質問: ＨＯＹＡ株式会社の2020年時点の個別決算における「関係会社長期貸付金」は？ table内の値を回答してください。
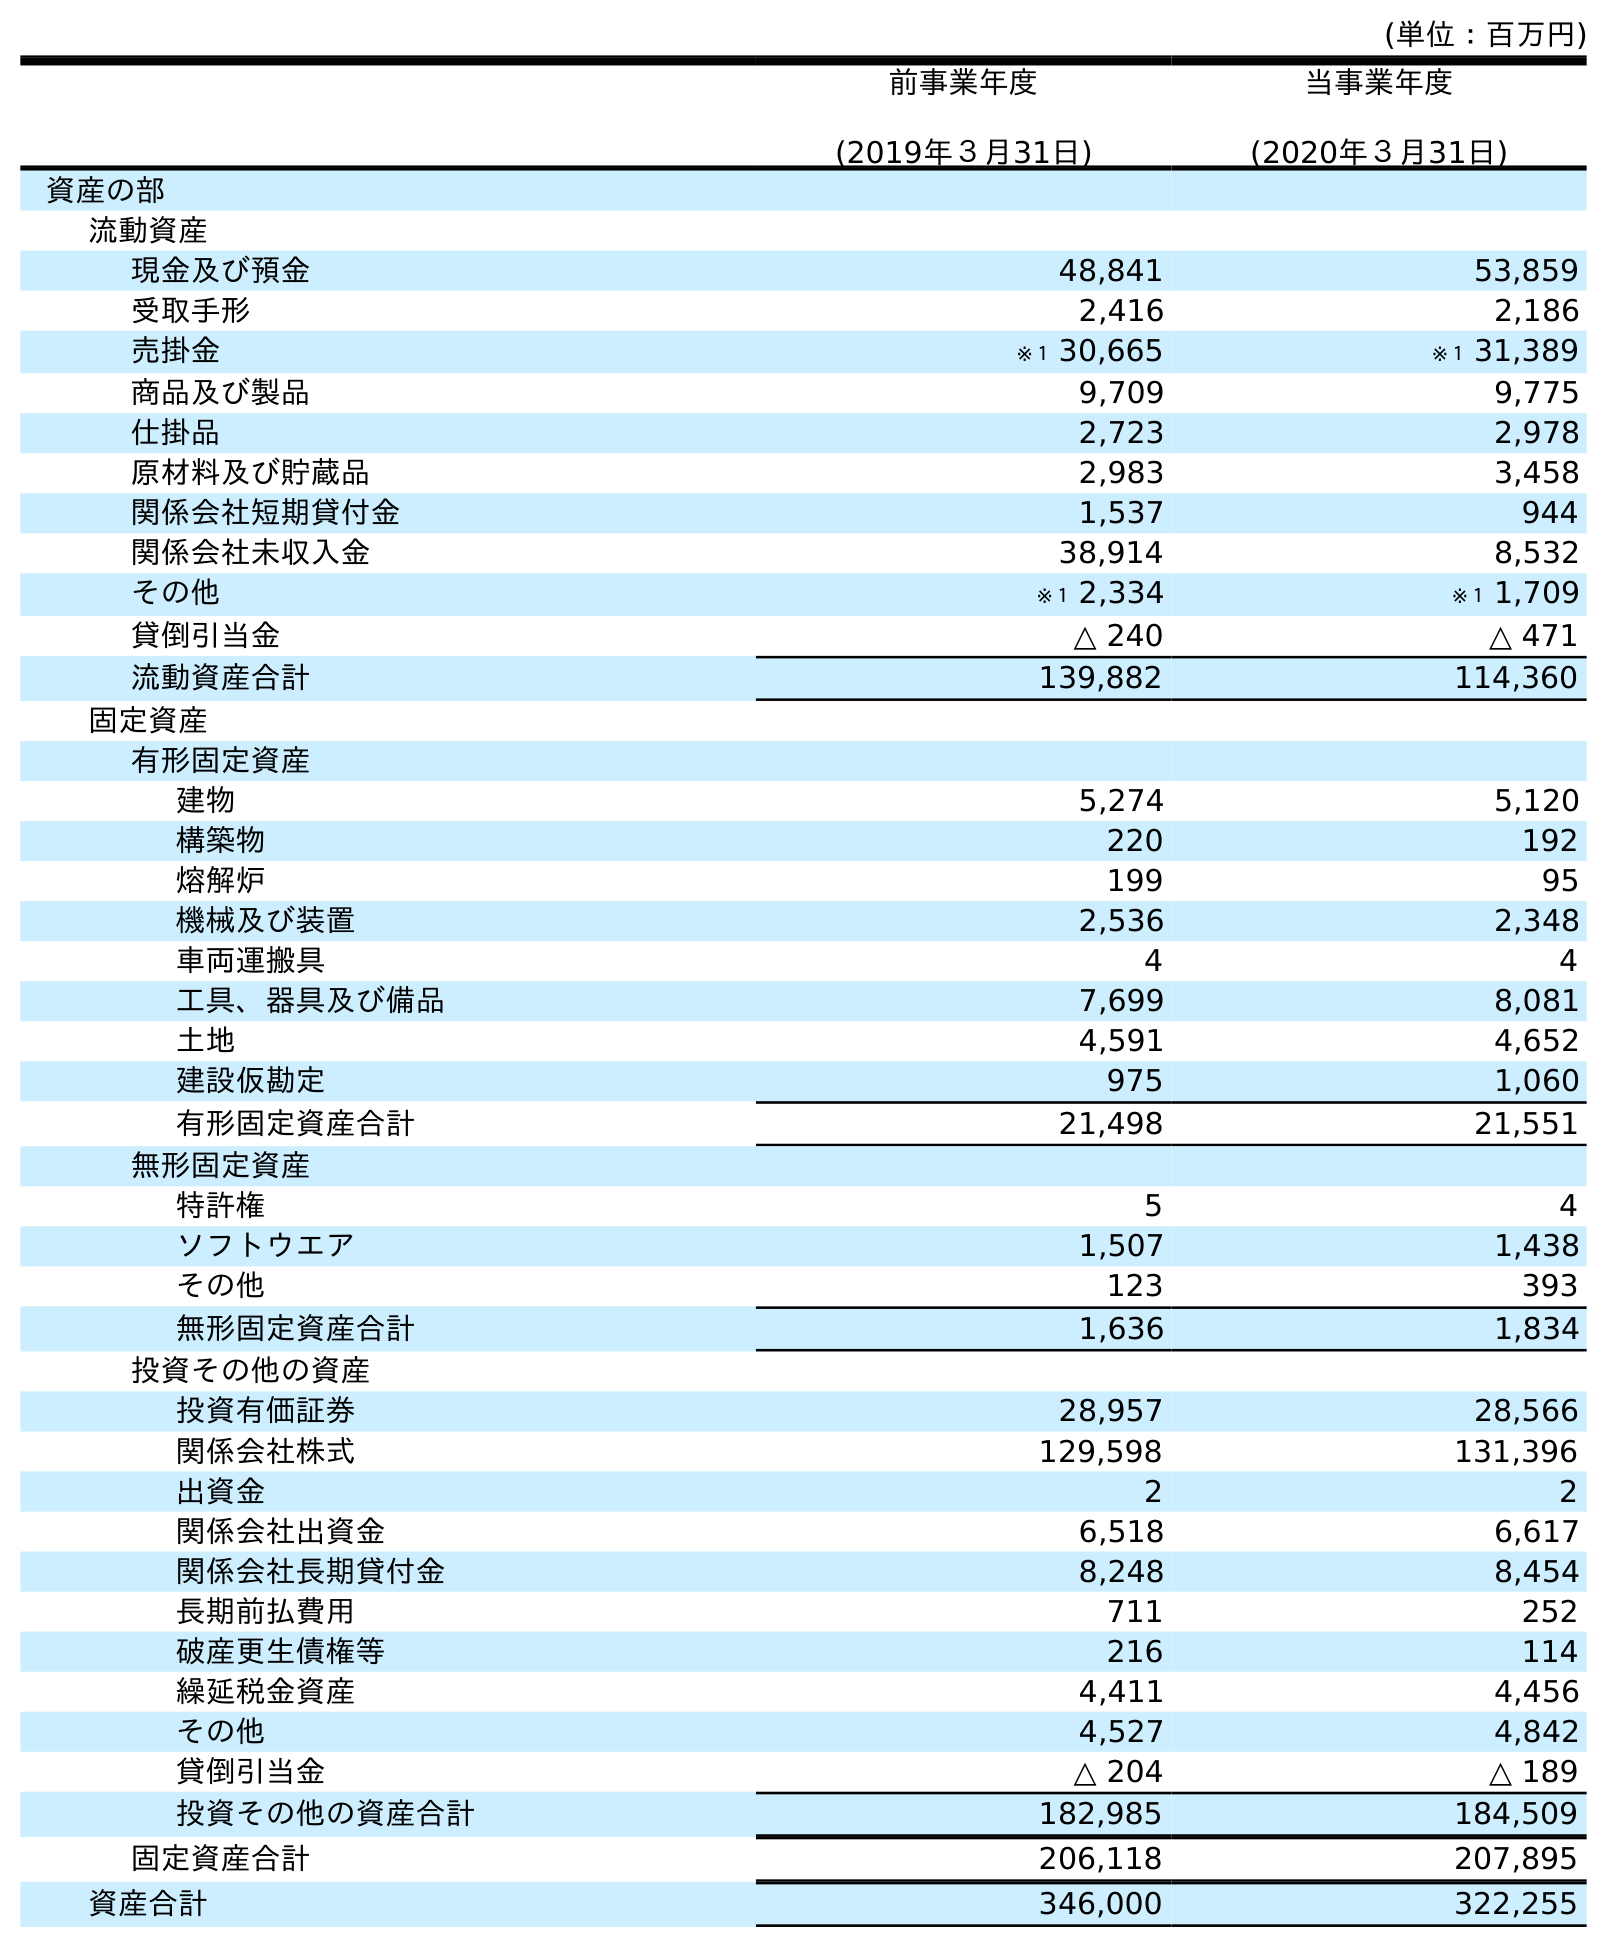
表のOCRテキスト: (単位：百万円) 前事業年度 (2019年３月31日) 当事業年度 (2020年３月31日) 資産の部 流動資産 現金及び預金 48,841 53,859 受取手形 2,416 2,186 売掛金 ※１ 30,665 ※１ 31,389 商品及び製品 9,709 9,775 仕掛品 2,723 2,978 原材料及び貯蔵品 2,983 3,458 関係会社短期貸付金 1,537 944 関係会社未収入金 38,914 8,532 その他 ※１ 2,334 ※１ 1,709 貸倒引当金 △ 240 △ 471 流動資産合計 139,882 114,360 固定資産 有形固定資産 建物 5,274 5,120 構築物 220 192 熔解炉 199 95 機械及び装置 2,536 2,348 車両運搬具 4 4 工具、器具及び備品 7,699 8,081 土地 4,591 4,652 建設仮勘定 975 1,060 有形固定資産合計 21,498 21,551 無形固定資産 特許権 5 4 ソフトウエア 1,507 1,438 その他 123 393 無形固定資産合計 1,636 1,834 投資その他の資産 投資有価証券 28,957 28,566 関係会社株式 129,598 131,396 出資金 2 2 関係会社出資金 6,518 6,617 関係会社長期貸付金 8,248 8,454 長期前払費用 711 252 破産更生債権等 216 114 繰延税金資産 4,411 4,456 その他 4,527 4,842 貸倒引当金 △ 204 △ 189 投資その他の資産合計 182,985 184,509 固定資産合計 206,118 207,895 資産合計 346,000 322,255
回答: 8,454